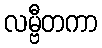
လမ္ဗီတကာ